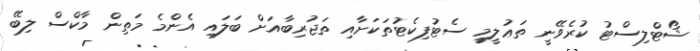
ޝޯޓްލިސްޓު ކުރެވޭނީ ތަޢުލީމީ ސެޓުފިކެޓުތަކަށާއި ތަޖުރިބާއަށް ބަލައި އެންމެ މަތިން މާކްސް ލިބޭ